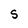
Character: S